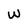
Character: W